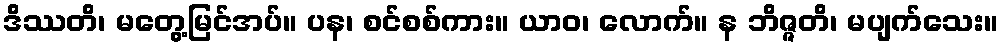
ဒိဿတိ၊ မတွေ့မြင်အပ်။ ပန၊ စင်စစ်ကား။ ယာဝ၊ လောက်။ န ဘိဇ္ဇတိ၊ မပျက်သေး။